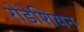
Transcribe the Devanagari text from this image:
रोडेशियन